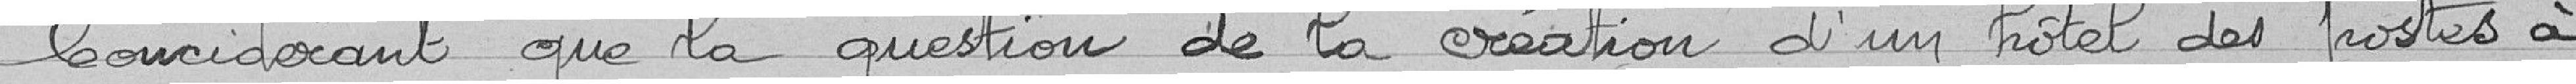
Considérant que la question de la création d'un Hôtel des Postes à